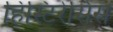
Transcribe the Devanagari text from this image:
हिस्टिरेसिस